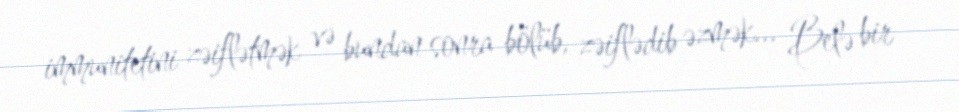
immunitetini zəiflətmək və bundan sonra bölüb, zəiflədib əzmək... Belə bir